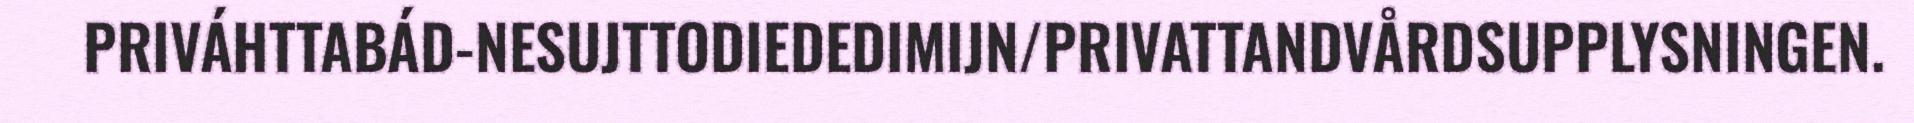
PRIVÁHTTABÁD-NESUJTTODIEDEDIMIJN/PRIVATTANDVÅRDSUPPLYSNINGEN.